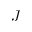
J